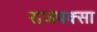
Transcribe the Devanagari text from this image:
राजपक्सा